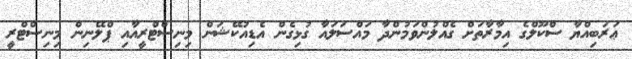
ޢަރަބިއްޔާ ސްކޫލްގެ އިމާރާތަށް ގެއްލުންވަމުންދާ މައްސަލައާ ގުޅިގެން އެޑިއުކޭޝަން މިނިސްޓްރީއާއި ޕްލޭނިން މިނިސްޓްރީ